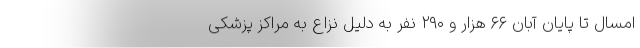
امسال تا پایان آبان ۶۶ هزار و ۲۹۰ نفر به دلیل نزاع به مراکز پزشکی